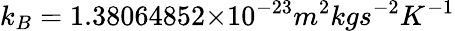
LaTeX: k_{B}=1.38064852×10^{-23}m^{2}kgs^{-2}K^{-1}